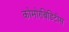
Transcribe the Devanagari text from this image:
कोमोरबिडिटीस